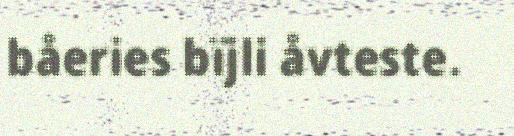
båeries bïjli åvteste.